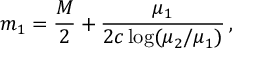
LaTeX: m _ { 1 } = \frac { M } { 2 } + \frac { \mu _ { 1 } } { 2 c \log ( \mu _ { 2 } / \mu _ { 1 } ) } \, ,